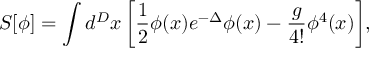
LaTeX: S [ \phi ] = \int d ^ { D } x \, \biggl [ \frac { 1 } { 2 } \phi ( x ) e ^ { - \Delta } \phi ( x ) - \frac { g } { 4 ! } \phi ^ { 4 } ( x ) \biggr ] ,